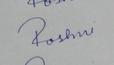
Signature authenticity: forged